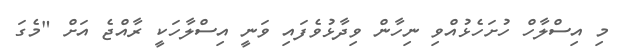
މި އިސްލާހް ހުށަހެޅުއްވި ނިހާން ވިދާޅުވެފައި ވަނީ އިސްލާހަކީ ރާއްޖެ އަށް "މެގަ